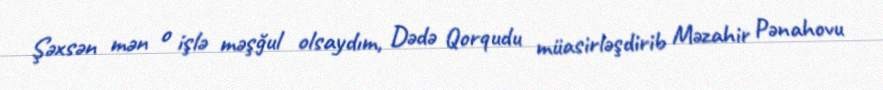
Şəxsən mən o işlə məşğul olsaydım, Dədə Qorqudu müasirləşdirib Məzahir Pənahovu